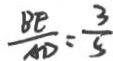
\frac { B E } { A D } = \frac { 3 } { 5 }